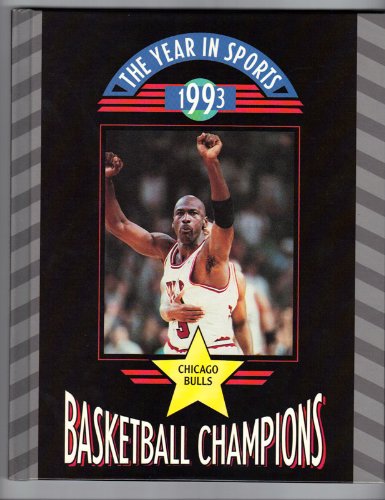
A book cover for Basketball Champions 1993: Chicago Bulls (Year in Sports, 1993); Bob Italia; Teen & Young Adult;